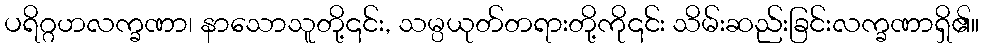
ပရိဂ္ဂဟလက္ခဏာ၊ နာသောသူတို့၎င်း, သမ္ပယုတ်တရားတို့ကို၎င်း သိမ်းဆည်းခြင်းလက္ခဏာရှိ၏။